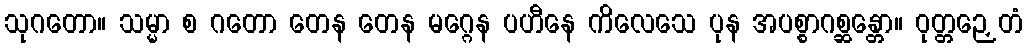
သုဂတော။ သမ္မာ စ ဂတော တေန တေန မဂ္ဂေန ပဟီနေ ကိလေသေ ပုန အပစ္စာဂစ္ဆန္တော။ ဝုတ္တဉှေတံ